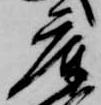
庫